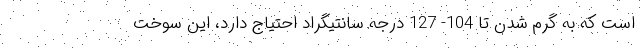
است که به گرم شدن تا 104- 127 درجه سانتیگراد احتیاج دارد، این سوخت